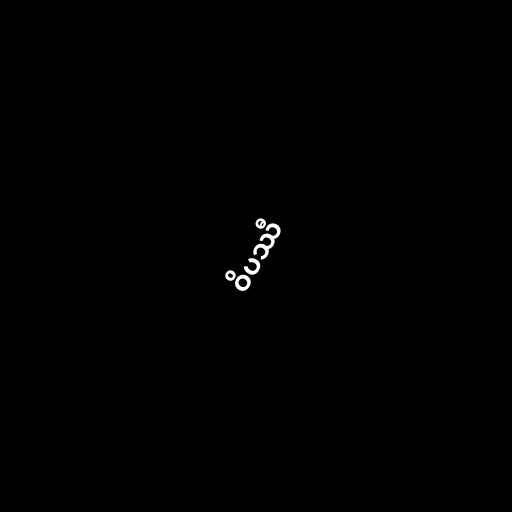
ဝိပဿီ